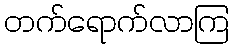
တက်ရောက်လာကြ